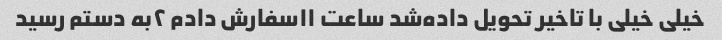
خیلی خیلی با تاخیر تحویل داده‌شد ساعت ۱۱سفارش دادم ۲به دستم رسید